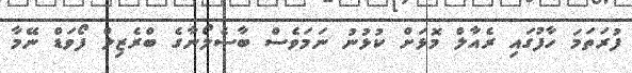
ފުރަތަމަ ހާފުގައި ރެއާލް މޮޅަށް ކުޅުނު ނަމަވެސް ބާސެލޯނާގެ ބްރެޒިލް ފޯވަޑް ނޭމާ